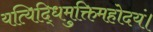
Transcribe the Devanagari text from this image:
यत्यिद्धिमुक्तिमहोदयं।